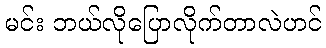
မင်း ဘယ်လိုပြောလိုက်တာလဲဟင်